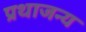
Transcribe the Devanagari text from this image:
प्रथाजन्य